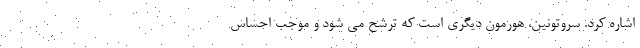
اشاره کرد. سروتونین، هورمون دیگری است که ترشح می شود و موجب احساس